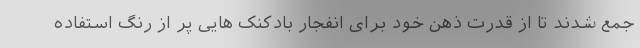
جمع شدند تا از قدرت ذهن خود برای انفجار بادکنک هایی پر از رنگ استفاده